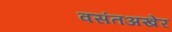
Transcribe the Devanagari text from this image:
वसंतअखेर